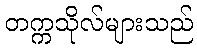
တက္ကသိုလ်များသည်